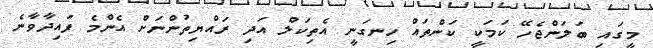
މީގައި ބަލަންޖެހޭ ކަމަކީ ކަންތައް ހިނގަނީ އެތިކަލް އަދި ރައްޔިތުންނަށް އެންމެ ފައިދާވާނެ